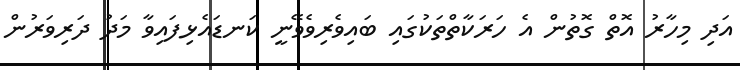
އަދި މިހާރު އޮތް ގޮތުން އެ ހަރަކާތްތަކުގައި ބައިވެރިވެވޭނީ ކަނޑައެޅިފައިވާ މަދު ދަރިވަރުން